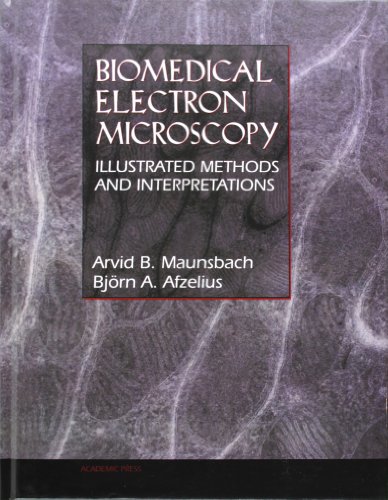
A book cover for Biomedical Electron Microscopy: Illustrated Methods and Interpretations; Arvid B. Maunsbach; Science & Math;